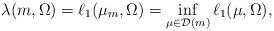
LaTeX: \begin{align*} \lambda(m,\Omega) = \ell_1(\mu_m,\Omega) = \inf_{\mu\in \mathcal D(m)}\ell_{1}(\mu,\Omega), \end{align*}